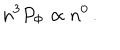
n ^ { 3 } P _ { \mathrm { \Phi } } \propto n ^ { 0 } \, .